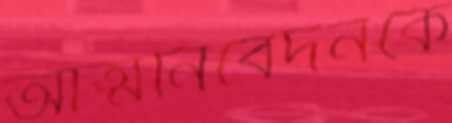
আত্মনিবেদনকে